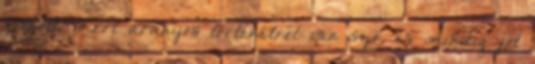
felnőtt, mert aranyos történetről van szó, és mindig jót